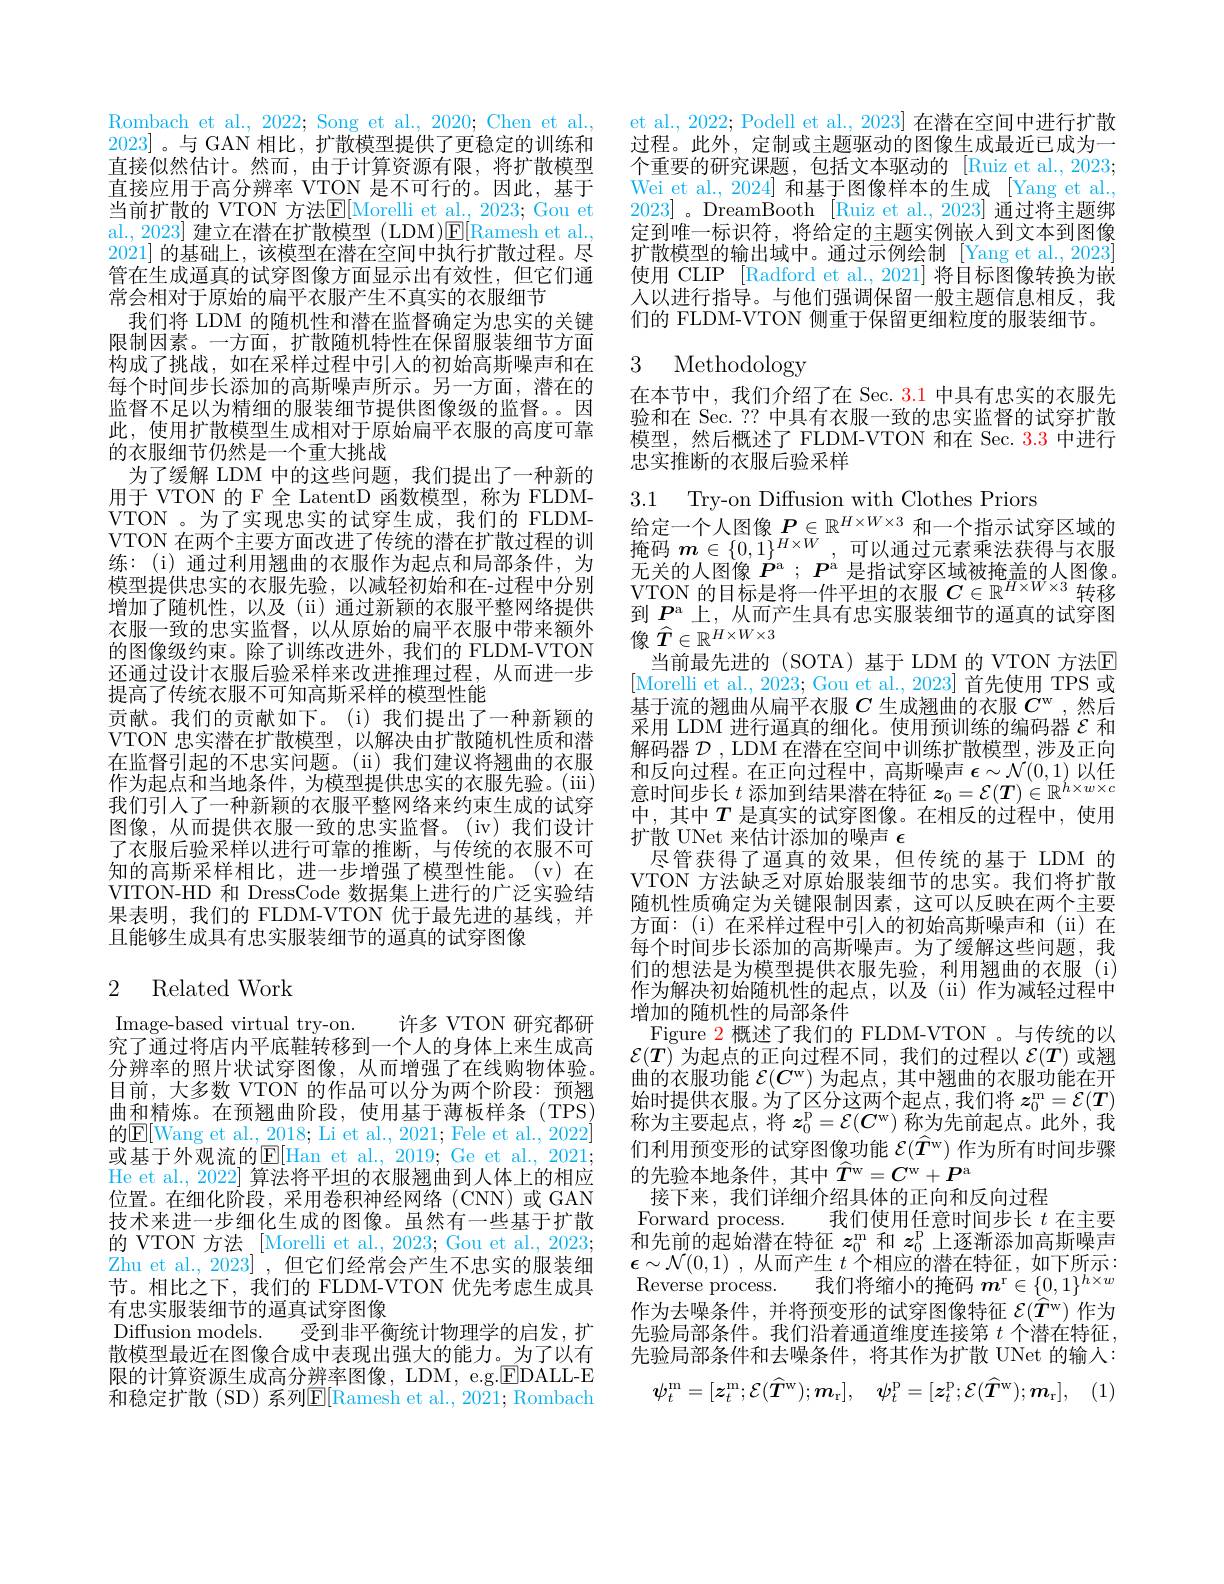
Rombach et al., 2022; Song et al., 2020; Chen et al., 2023]。与 GAN 相比，扩散模型提供了更稳定的训练和直接似然估计。然而，由于计算资源有限，将扩散模型直接应用于高分辨率 VTON 是不可行的。因此，基于当前扩散的 VTON 方法$\mathbb{E}[$Morelli et al., 2023; Gou et al., 2023] 建立在潜在扩散模型 (LDM)E[Ramesh et al., 2021] 的基础上，该模型在潜在空间中执行扩散过程。尽管在生成逼真的试穿图像方面显示出有效性，但它们通常会相对于原始的扁平衣服产生不真实的衣服细节
我们将 LDM 的随机性和潜在监督确定为忠实的关键限制因素。一方面，扩散随机特性在保留服装细节方面构成了挑战，如在采样过程中引人的初始高斯噪声和在每个时间步长添加的高斯噪声所示。另一方面，潜在的监督不足以为精细的服装细节提供图像级的监督。因此，使用扩散模型生成相对于原始扁平衣服的高度可靠的衣服细节仍然是一个重大挑战
为了缓解 LDM 中的这些问题，我们提出了一种新的用于 VTON 的 F 全 LatentD 函数模型，称为 FLDMVTON 。为了实现忠实的试穿生成，我们的 FLDMVTON 在两个主要方面改进了传统的潜在扩散过程的训练：(i)通过利用翘曲的衣服作为起点和局部条件，为模型提供忠实的衣服先验，以减轻初始和在-过程中分别增加了随机性，以及(ii)通过新颖的衣服平整网络提供衣服一致的忠实监督，以从原始的扁平衣服中带来额外的图像级约束。除了训练改进外，我们的 FLDM-VTON 还通过设计衣服后验采样来改进推理过程，从而进一步提高了传统衣服不可知高斯采样的模型性能
贡献。我们的贡献如下。(i)我们提出了一种新颖的VTON 忠实潜在扩散模型，以解决由扩散随机性质和潜在监督引起的不忠实问题。($\"{i})我们建议将翘曲的衣服$ 作为起点和当地条件，为模型提供忠实的衣服先验。(iii) 我们引人了一种新颖的衣服平整网络来约束生成的试穿图像，从而提供衣服一致的忠实监督。(iv)我们设计了衣服后验采样以进行可靠的推断，与传统的衣服不可知的高斯采样相比，进一步增强了模型性能。(v)在VITON-HD 和 DressCode 数据集上进行的广泛实验结果表明，我们的 FLDM-VTON 优于最先进的基线，并且能够生成具有忠实服装细节的通真的试穿图像

## 2 Related Work

许多 VTON 研究都研
Image-based virtual try-on.
究了通过将店内平底鞋转移到一个人的身体上来生成高分辨率的照片状试穿图像，从而增强了在线购物体验目前，大多数 VTON 的作品可以分为两个阶段：预翘曲和精炼。在预翘曲阶段，使用基于薄板样条(TPS) 的$\underline{\mathrm{E}}[$Wang et al., 2018; Li et al., 2021; Fele et al., 2022] 或基于外观流的$\overline{\mathrm{E}}[$Han et al., 2019; Ge et al., 2021; He et al., 2022] 算法将平坦的衣服翘曲到人体上的相应位置。在细化阶段，采用卷积神经网络(CNN)或 GAN 技术来进一步细化生成的图像。虽然有一些基于扩散的 VTON 方法 [Morelli et al., 2023; Gou et al., 2023; Zhu et al., 2023] , 但它们经常会产生不忠实的服装细节。相比之下，我们的 FLDM-VTON 优先考虑生成具有忠实服装细节的逼真试穿图像
Diffusion models. 受到非平衡统计物理学的启发，扩散模型最近在图像合成中表现出强大的能力。为了以有限的计算资源生成高分辨率图像，LDM, e.g.$\boxed{\mathrm{EDALL-E}}$ 和稳定扩散(SD)系列$\mathbb{E}[$Ramesh et al., 2021; Rombach

et al. 2022; Podell et al., 2023] 在潜在空间中进行扩散过程。此外，定制或主题驱动的图像生成最近已成为一个重要的研究课题，包括文本驱动的[Ruiz et al.,2023; Wei et al., 2024] 和基于图像样本的生成 [Yang et al., 2023]。DreamBooth [Ruiz et al., 2023] 通过将主题绑定到唯一标识符，将给定的主题实例嵌入到文本到图像扩散模型的输出域中。通过示例绘制 [Yang et al., 2023] 使用 CLIP [Radford et al., 2021] 将目标图像转换为嵌人以进行指导。与他们强调保留一般主题信息相反，我们的 FLDM-VTON 侧重于保留更细粒度的服装细节。

# 3 Methodology

在本节中，我们介绍了在 Sec. 3.1 中具有忠实的衣服先验和在 Sec. ?? 中具有衣服一致的忠实监督的试穿扩散模型，然后概述了 FLDM-VTON 和在 Sec. 3.3 中进行忠实推断的衣服后验采样

3.1
Try-on Diffusion with Clothes Priors
给 定 一 个 人 图 像 $P\in \mathbb{R} ^{H\times W\times 3}$ 和 一 个 指 示 试 穿 区 域 的 掩 码 $m\in \{ 0, 1\} ^{H\times W}$, 可 以 通 过 元 素 乘 法 获 得 与 衣 服$\begin{array}{l}\text{无关的人图像 }\hat{P}^\mathrm{a};\:P^\mathrm{a}\:\text{是指试穿区域被掩盖的人图像。}\\\text{VTON 的目标是将一件平坦的衣服 }C\in\mathbb{R}^{H\times W\times3}\:\text{转移}\\\text{到 }\hat{P}^\mathrm{a}\:\text{上，从而产生具有忠实服装细节的逼真的试穿图}\end{array}$ $\vec{\text{像 }T}\in\overline{\mathbb{R}}^{H\times W\times3}$
当前最先进的(SOTA)基于LDM的VTON 方法E [Morelli et al., 2023; Gou et al., 2023] 首先使用 TPS 或基于流的翘曲从扁平衣服$C$生成翘曲的衣服$C^\mathrm{w}$ ,然后采用 LDM 进行逼真的细化。使用预训练的编码器$\mathcal{E}$和解码器$\mathcal{D}$ , LDM 在潜在空间中训练扩散模型，涉及正向和 反 向 过 程 。在 正 向 过 程 中 , 高 斯 噪 声 $\epsilon \sim \mathcal{N} ( 0, 1)$ 以 任 意 时 间 步 长 $t$ 添 加 到 结 果 潜 在 特 征 $z_0= \mathcal{E} ( T) \in \mathbb{R} ^{h\times w\times c}$ 中，其中$T$ 是真实的试穿图像。在相反的过程中，使用扩散 UNet 来估计添加的噪声$\epsilon$
尽管获得了逼真的效果，但传统的基于 LDM 的VTON 方法缺乏对原始服装细节的忠实。我们将扩散随机性质确定为关键限制因素，这可以反映在两个主要方面：(i)在采样过程中引入的初始高斯噪声和(ii)在每个时间步长添加的高斯噪声。为了缓解这些问题，我们的想法是为模型提供衣服先验，利用翘曲的衣服(i) 作为解决初始随机性的起点，以及(ii)作为减轻过程中增加的随机性的局部条件
Figure 2 概述了我们的 FLDM-VTON 。与传统的以$\mathcal{E}(T)$为起点的正向过程不同，我们的过程以$\mathcal{E}(T)$或翘曲的衣服功能$\mathcal{E} ( \boldsymbol{C}^\mathrm{w} )$为起点，其中翘曲的衣服功能在开始时提供衣服。为了区分这两个起点，我们将$\boldsymbol{z}_0^\mathrm{m} = \mathcal{E} ( \boldsymbol{T})$ 称为主要起点，将$z_0^\mathrm{p} = \mathcal{E} ( C^\mathrm{w} )$称为先前起点。此外，我们利用预变形的试穿图像功能$\mathcal{E} ( \hat{T} ^\mathrm{w} )$作为所有时间步骤的先验本地条件，其中$\hat{T}^\mathrm{w}=C^\mathrm{w}+P^\mathrm{a}$
接下来，我们详细介绍具体的正向和反向过程
Forward process. 我们使用任意时间步长$t$在主要和先前的起始潜在特征$z_0^\mathrm{m}$和$z_0^\mathrm{p}$上逐渐添加高斯噪声$\epsilon \sim \mathcal{N} ( 0, 1)$ , 从而产生 $t$ 个相应的潜在特征，如下所示： Reverse process. 我们将缩小的掩码$\boldsymbol m^\mathrm{r}\in\{0,1\}^{h\times w}$ 作为去噪条件，并将预变形的试穿图像特征$\mathcal{E} ( \hat{T} ^\mathrm{w} )$作为先验局部条件。我们沿着通道维度连接第$t$个潜在特征， 先验局部条件和去噪条件，将其作为扩散 UNet 的输人：
$$\psi_{t}^{\mathrm{m}}=[\boldsymbol{z}_{t}^{\mathrm{m}};\mathcal{E}(\widehat{T}^{\mathrm{w}});\boldsymbol{m}_{\mathrm{r}}],\quad\psi_{t}^{\mathrm{p}}=[\boldsymbol{z}_{t}^{\mathrm{p}};\mathcal{E}(\widehat{T}^{\mathrm{w}});\boldsymbol{m}_{\mathrm{r}}],$$